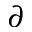
\partial